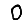
Digit: 0